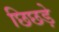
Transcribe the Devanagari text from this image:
छिछड़े